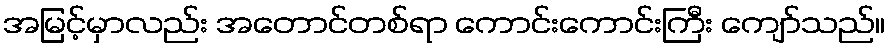
အမြင့်မှာလည်း အတောင်တစ်ရာ ကောင်းကောင်းကြီး ကျော်သည်။